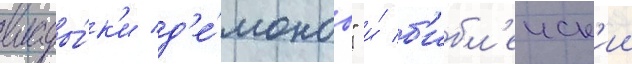
влады́к'и д'е́монов" и́ б'ибл'еиск'ии